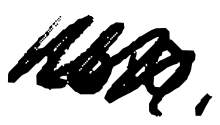
Text: 2010,
Cross-out: scratch
Writing tool: digital_black